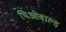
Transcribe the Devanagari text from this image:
थिओबाल्ड